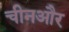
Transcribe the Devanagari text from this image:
चीनऔर